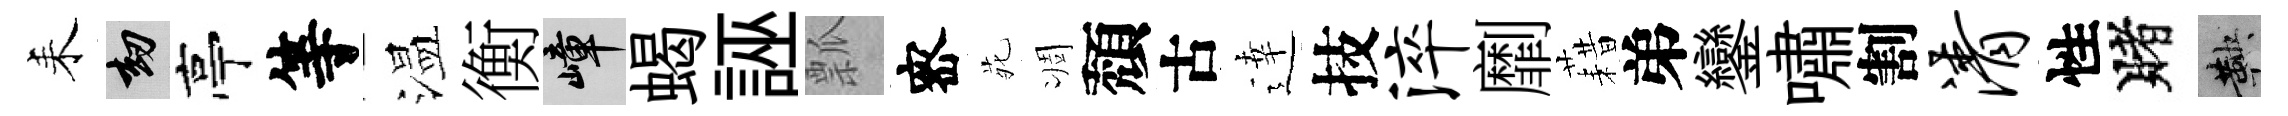
耒劫亭等温衡嶂蝎誣瓢宻𫟍凋頽古逹技淬劘藉弟鑾嘯割清性賭鞅